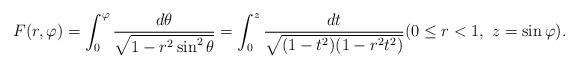
LaTeX: \begin{align*} F(r,\varphi)= \int^{\varphi}_0 \frac{d\theta}{\sqrt{1-r^2 \sin^2 \theta}}=\int^z_0 \frac{dt}{\sqrt{(1-t^2)(1-r^2t^2)}} (0\le r<1,\ z = \sin \varphi).\end{align*}